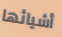
أشيائها